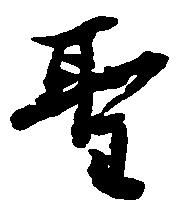
聖